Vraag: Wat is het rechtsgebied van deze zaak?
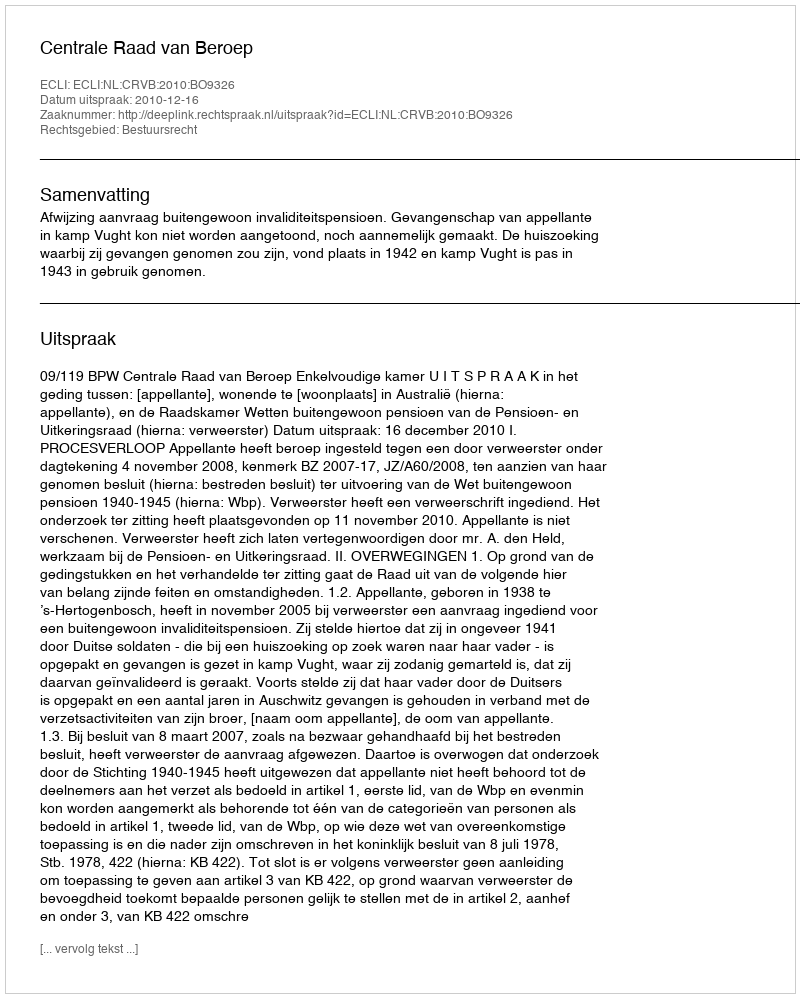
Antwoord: Bestuursrecht